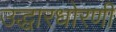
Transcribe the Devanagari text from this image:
उद्धारधोरणी